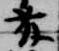
藤